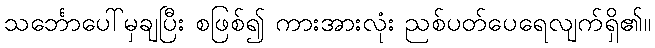
သင်္ဘောပေါ်မှချပြီး စဖြစ်၍ ကားအားလုံး ညစ်ပတ်ပေရေလျက်ရှိ၏။